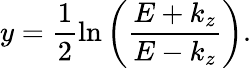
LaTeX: y=\frac{1}{2}\ln\left({\frac{E+k_{z}}{E-k_{z}}}\right).